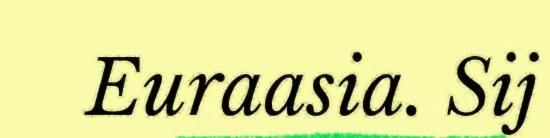
Euraasia. Sij